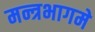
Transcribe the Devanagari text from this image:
मन्त्रभागमे